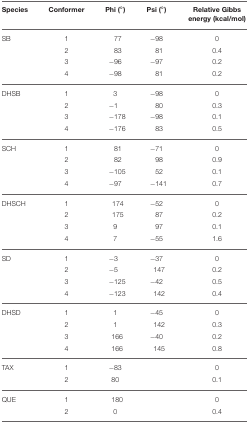
<table><thead><tr><td><b>Species</b></td><td><b>Conformer</b></td><td><b>Phi (°)</b></td><td><b>Psi (°)</b></td><td><b>Relative Gibbs energy (kcal/mol)</b></td></tr></thead><tbody><tr><td>SB</td><td>1</td><td>77</td><td>−98</td><td>0</td></tr><tr><td></td><td>2</td><td>83</td><td>81</td><td>0.4</td></tr><tr><td></td><td>3</td><td>−96</td><td>−97</td><td>0.2</td></tr><tr><td></td><td>4</td><td>−98</td><td>81</td><td>0.2</td></tr><tr><td>DHSB</td><td>1</td><td>3</td><td>−98</td><td>0</td></tr><tr><td></td><td>2</td><td>−1</td><td>80</td><td>0.3</td></tr><tr><td></td><td>3</td><td>−178</td><td>−98</td><td>0.1</td></tr><tr><td></td><td>4</td><td>−176</td><td>83</td><td>0.5</td></tr><tr><td>SCH</td><td>1</td><td>81</td><td>−71</td><td>0</td></tr><tr><td></td><td>2</td><td>82</td><td>98</td><td>0.9</td></tr><tr><td></td><td>3</td><td>−105</td><td>52</td><td>0.1</td></tr><tr><td></td><td>4</td><td>−97</td><td>−141</td><td>0.7</td></tr><tr><td>DHSCH</td><td>1</td><td>174</td><td>−52</td><td>0</td></tr><tr><td></td><td>2</td><td>175</td><td>87</td><td>0.2</td></tr><tr><td></td><td>3</td><td>9</td><td>97</td><td>0.1</td></tr><tr><td></td><td>4</td><td>7</td><td>−55</td><td>1.6</td></tr><tr><td>SD</td><td>1</td><td>−3</td><td>−37</td><td>0</td></tr><tr><td></td><td>2</td><td>−5</td><td>147</td><td>0.2</td></tr><tr><td></td><td>3</td><td>−125</td><td>−42</td><td>0.5</td></tr><tr><td></td><td>4</td><td>−123</td><td>142</td><td>0.4</td></tr><tr><td>DHSD</td><td>1</td><td>1</td><td>−45</td><td>0</td></tr><tr><td></td><td>2</td><td>1</td><td>142</td><td>0.3</td></tr><tr><td></td><td>3</td><td>166</td><td>−40</td><td>0.2</td></tr><tr><td></td><td>4</td><td>166</td><td>145</td><td>0.8</td></tr><tr><td>TAX</td><td>1</td><td>−83</td><td></td><td>0</td></tr><tr><td></td><td>2</td><td>80</td><td></td><td>0.1</td></tr><tr><td>QUE</td><td>1</td><td>180</td><td></td><td>0</td></tr><tr><td></td><td>2</td><td>0</td><td></td><td>0.4</td></tr></tbody></table>